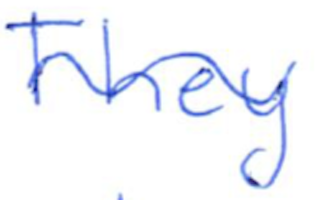
Text: They
Cross-out: wave
Writing tool: ballpoint